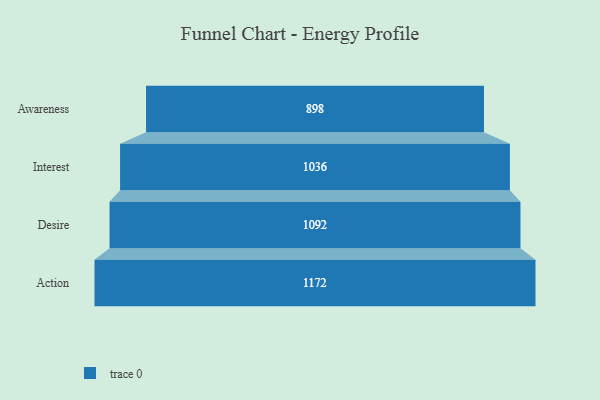
{"axis": {"x": "Stage", "y": "Value"}, "legend": [""], "data": [{"x": "Awareness", "y": 898.0, "type": ""}, {"x": "Interest", "y": 1036.0, "type": ""}, {"x": "Desire", "y": 1092.0, "type": ""}, {"x": "Action", "y": 1172.0, "type": ""}]}